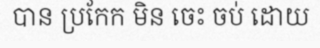
បាន ប្រកែក មិន ចេះ ចប់ ដោយ